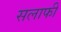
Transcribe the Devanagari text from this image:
सलाफी